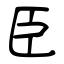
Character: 臣